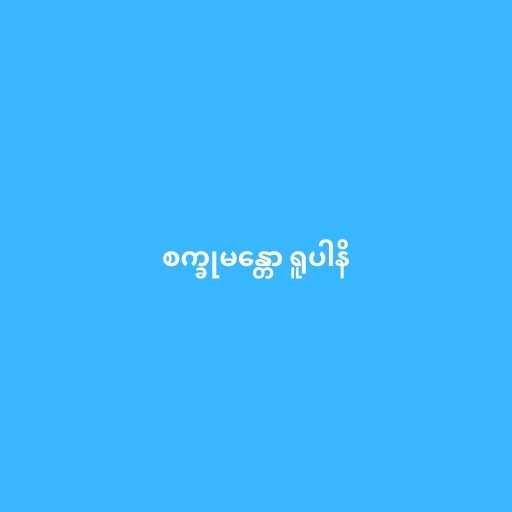
စက္ခုမန္တော ရူပါနိ